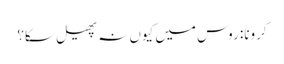
کرونا: روس میں کیوں نہ پھیل سکا؟